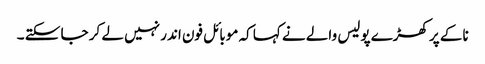
ناکے پر کھڑے پولیس والے نے کہا کہ موبائل فون اندر نہیں لے کر جا سکتے ۔